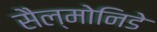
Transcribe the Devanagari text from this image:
सैल्मोनिडे